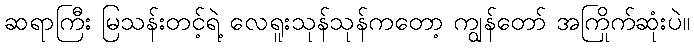
ဆရာကြီး မြသန်းတင့်ရဲ့ လေရူးသုန်သုန်ကတော့ ကျွန်တော် အကြိုက်ဆုံးပဲ။